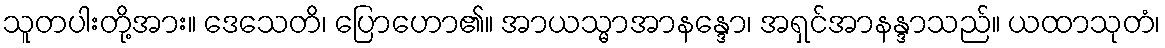
သူတပါးတို့အား။ ဒေသေတိ၊ ပြောဟော၏။ အာယသ္မာအာနန္ဒော၊ အရှင်အာနန္ဒာသည်။ ယထာသုတံ၊